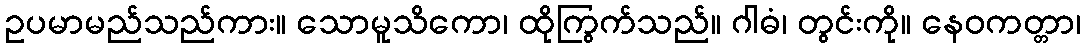
ဥပမာမည်သည်ကား။ သောမူသိကော၊ ထိုကြွက်သည်။ ဂါဓံ၊ တွင်းကို။ နေဝကတ္တာ၊